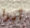
آيرا